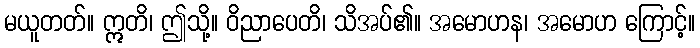
မယူတတ်။ ဣတိ၊ ဤသို့။ ဝိညာပေတိ၊ သိအပ်၏။ အမောဟန၊ အမောဟ ကြောင့်။